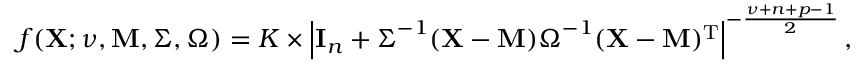
f ( \mathbf { X } ; \nu , \mathbf { M } , { \boldsymbol { \Sigma } } , { \boldsymbol { \Omega } } ) = K \times \left| \mathbf { I } _ { n } + { \boldsymbol { \Sigma } } ^ { - 1 } ( \mathbf { X } - \mathbf { M } ) { \boldsymbol { \Omega } } ^ { - 1 } ( \mathbf { X } - \mathbf { M } ) ^ { \mathrm { { T } } } \right| ^ { - { \frac { \nu + n + p - 1 } { 2 } } } ,